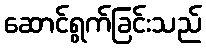
ဆောင်ရွက်ခြင်းသည်